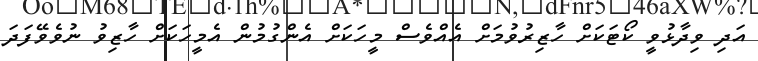
އަދި ވިދާޅުވީ ކޯޓަކަށް ހާޒިރުވުމަށް އެއްވެސް މީހަކަށް އެންގުމުން އެމީހަކަށް ހާޒިވު ނުވެވޭފަދަ